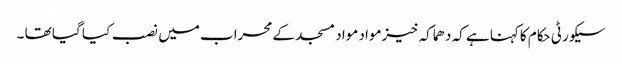
سیکورٹی حکام کاکہنا ہے کہ دھماکہ خیزمواد مواد مسجد کے محراب میں نصب کیا گیا تھا ۔